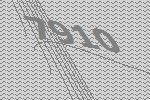
7910